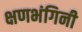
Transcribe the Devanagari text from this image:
क्षणभंगिनी